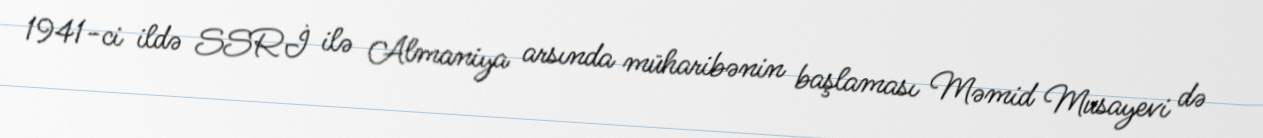
1941-ci ildə SSRİ ilə Almaniya arsında müharibənin başlaması Məmid Musayevi də